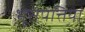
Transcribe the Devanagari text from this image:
भूसंपत्तियां